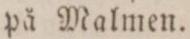
på Malmen.